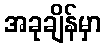
အခုချိန်မှာ